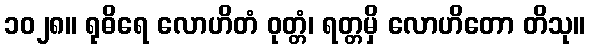
၁၀၂၈။ ရုဓိရေ လောဟိတံ ဝုတ္တံ၊ ရတ္တမှိ လောဟိတော တိသု။